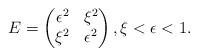
LaTeX: \begin{align*} E = \begin{pmatrix} \epsilon^2 & \xi^2\\ \xi^2 & \epsilon^2 \end{pmatrix}, \xi < \epsilon < 1.\end{align*}